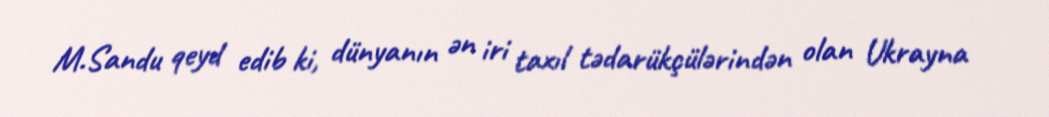
M.Sandu qeyd edib ki, dünyanın ən iri taxıl tədarükçülərindən olan Ukrayna